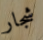
شجار